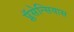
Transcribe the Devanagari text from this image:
प्लॅसेन्सियास